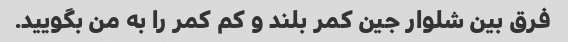
فرق بین شلوار جین کمر بلند و کم کمر را به من بگویید.